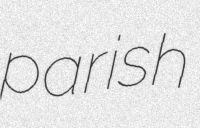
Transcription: parish